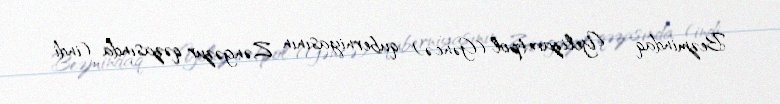
Bezmindaq - Yelizavetpol (Gəncə) quberniyasının Zəngəzur qəzasında (indi